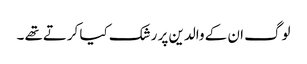
لوگ ان کے والدین پر رشک کیا کرتےتھے ۔